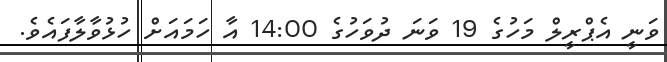
ވަނީ އެޕްރީލް މަހުގެ 19 ވަނަ ދުވަހުގެ 14:00 އާ ހަމައަށް ހުޅުވާލާފައެވެ.